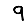
Digit: 9